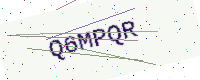
Text: Q6MPQR